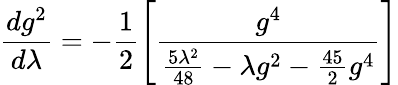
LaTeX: \frac{dg^{2}}{d\lambda}=-\frac{1}{2}\left[\frac{g^{4}}{\frac{5\lambda^{2}}{48}-\lambda g^{2}-\frac{45}{2}g^{4}}\right]